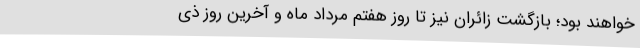
خواهند بود؛ بازگشت زائران نیز تا روز هفتم مرداد ماه و آخرین روز ذی